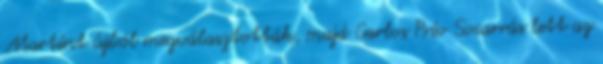
Martínt újból megválasztották, majd Carlos Prío Socarrás lett az